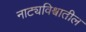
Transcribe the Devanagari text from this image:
नाट्यविश्वातील